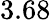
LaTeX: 3.68